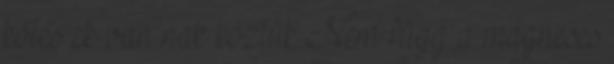
kötés ek van nak köztük Nem függ a mágneses